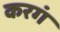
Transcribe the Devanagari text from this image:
करगं